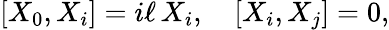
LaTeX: [X_{0},X_{i}]=i\ell\, X_{i},\quad[X_{i},X_{j}]=0,